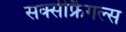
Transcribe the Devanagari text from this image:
सक्सीफ्रैगल्स